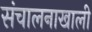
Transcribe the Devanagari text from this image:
संचालनाखाली